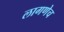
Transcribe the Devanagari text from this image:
लागणेच